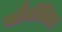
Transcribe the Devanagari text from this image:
चौमंजिला